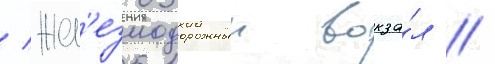
/ жел'езнодорожныи вокза́л //